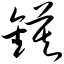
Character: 镆